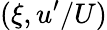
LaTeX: (\xi,u^{\prime}/U)